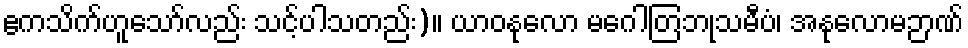
ဧကသိက်ဟူသော်လည်း သင့်ပါသတည်း)။ ယာဝနုလော မဂေါတြဘုသမီပံ၊ အနုလောမဉာဏ်